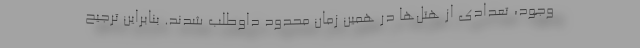
وجود، تعدادی از هتل‌ها در همین زمان محدود داوطلب شدند. بنابراین ترجیح